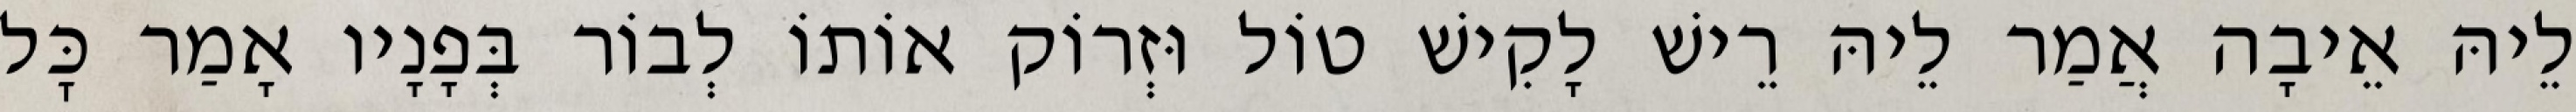
לֵיהּ אֵיבָה אֲמַר לֵיהּ רֵישׁ לָקִישׁ טוֹל וּזְרוֹק אוֹתוֹ לְבוֹר בְּפָנָיו אָמַר כׇּל